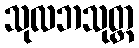
သုလဘသုတ္တ